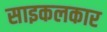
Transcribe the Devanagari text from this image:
साइकलकार